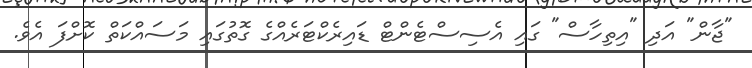
"ޖާން" އަދި "އިތިހާސް" ގައި އެސިސްޓެންޓް ޑައިރެކްޓަރެއްގެ ގޮތުގައި މަސައްކަތް ކޮށްފަ އެވެ.